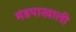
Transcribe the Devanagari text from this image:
मंडपाखाली